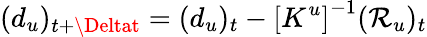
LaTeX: (d_{u})_{t+\Deltat}=(d_{u})_{t}-\left[K^{u}\right]^{-1}(\mathcal{R}_{u})_{t}